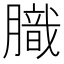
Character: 膱